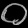
Digit: ၀